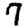
Digit: 7